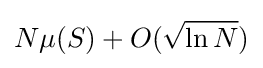
N\mu (S)+O({\sqrt {\ln N}})